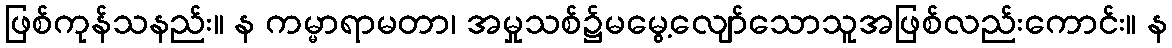
ဖြစ်ကုန်သနည်း။ န ကမ္မာရာမတာ၊ အမှုသစ်၌မမွေ့လျော်သောသူအဖြစ်လည်းကောင်း။ န